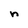
Character: n